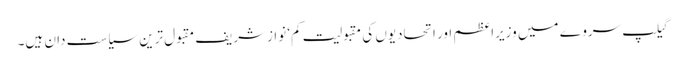
گیلپ سروے میں وزیراعظم اور اتحادیوں کی مقبولیت کم‘ نوازشریف مقبول ترین سیاست دان ہیں۔